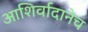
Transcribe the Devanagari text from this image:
आशिर्वादानेच